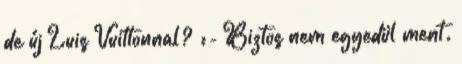
de új Luis Vuittonnal? :- Biztos nem egyedül ment.